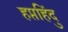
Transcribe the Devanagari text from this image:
हप्तहिंदु